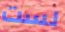
لست